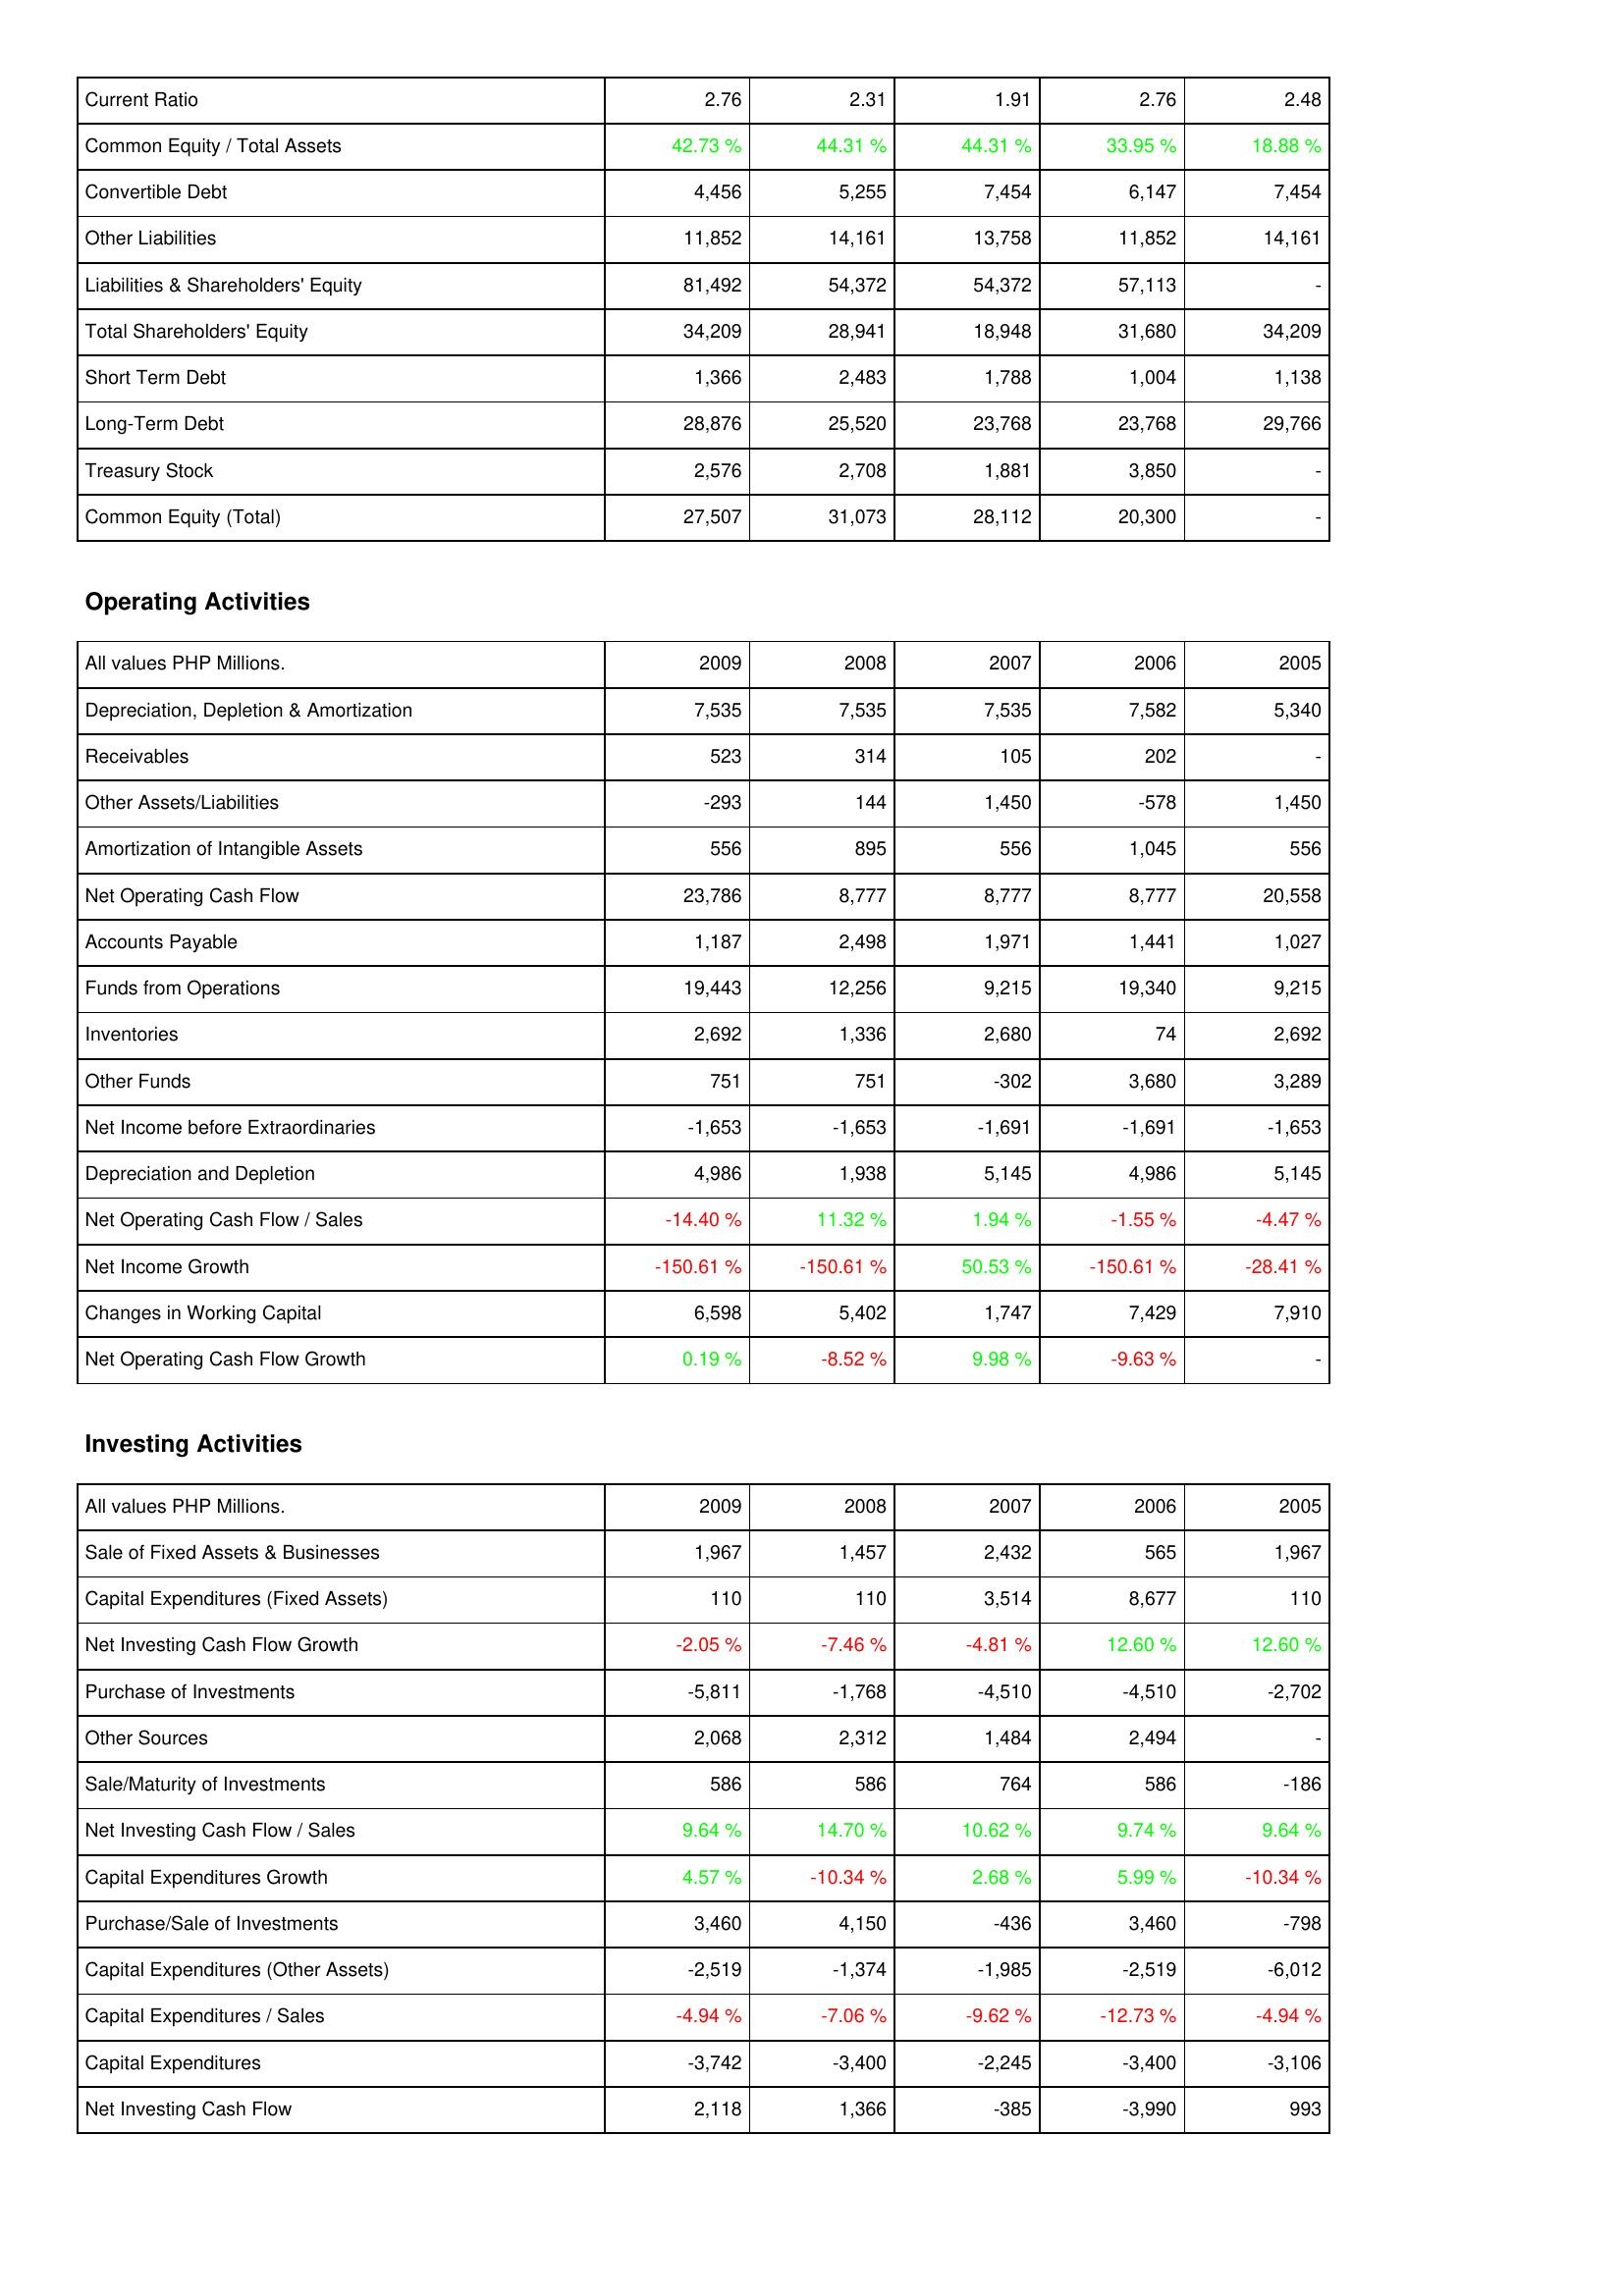
2009: Liabilities & Shareholders' Equity: Current Ratio: 2.76
Common Equity / Total Assets: 42.73 %
Convertible Debt: 4,456
Other Liabilities: 11,852
Liabilities & Shareholders' Equity: 81,492
Total Shareholders' Equity: 34,209
Short Term Debt: 1,366
Long-Term Debt: 28,876
Treasury Stock: 2,576
Common Equity (Total): 27,507
Operating Activities: Depreciation, Depletion & Amortization: 7,535
Receivables: 523
Other Assets/Liabilities: -293
Amortization of Intangible Assets: 556
Net Operating Cash Flow: 23,786
Accounts Payable: 1,187
Funds from Operations: 19,443
Inventories: 2,692
Other Funds: 751
Net Income before Extraordinaries: -1,653
Depreciation and Depletion: 4,986
Net Operating Cash Flow / Sales: -14.40 %
Net Income Growth: -150.61 %
Changes in Working Capital: 6,598
Net Operating Cash Flow Growth: 0.19 %
Investing Activities: Sale of Fixed Assets & Businesses: 1,967
Capital Expenditures (Fixed Assets): 110
Net Investing Cash Flow Growth: -2.05 %
Purchase of Investments: -5,811
Other Sources: 2,068
Sale/Maturity of Investments: 586
Net Investing Cash Flow / Sales: 9.64 %
Capital Expenditures Growth: 4.57 %
Purchase/Sale of Investments: 3,460
Capital Expenditures (Other Assets): -2,519
Capital Expenditures / Sales: -4.94 %
Capital Expenditures: -3,742
Net Investing Cash Flow: 2,118
2008: Liabilities & Shareholders' Equity: Current Ratio: 2.31
Common Equity / Total Assets: 44.31 %
Convertible Debt: 5,255
Other Liabilities: 14,161
Liabilities & Shareholders' Equity: 54,372
Total Shareholders' Equity: 28,941
Short Term Debt: 2,483
Long-Term Debt: 25,520
Treasury Stock: 2,708
Common Equity (Total): 31,073
Operating Activities: Depreciation, Depletion & Amortization: 7,535
Receivables: 314
Other Assets/Liabilities: 144
Amortization of Intangible Assets: 895
Net Operating Cash Flow: 8,777
Accounts Payable: 2,498
Funds from Operations: 12,256
Inventories: 1,336
Other Funds: 751
Net Income before Extraordinaries: -1,653
Depreciation and Depletion: 1,938
Net Operating Cash Flow / Sales: 11.32 %
Net Income Growth: -150.61 %
Changes in Working Capital: 5,402
Net Operating Cash Flow Growth: -8.52 %
Investing Activities: Sale of Fixed Assets & Businesses: 1,457
Capital Expenditures (Fixed Assets): 110
Net Investing Cash Flow Growth: -7.46 %
Purchase of Investments: -1,768
Other Sources: 2,312
Sale/Maturity of Investments: 586
Net Investing Cash Flow / Sales: 14.70 %
Capital Expenditures Growth: -10.34 %
Purchase/Sale of Investments: 4,150
Capital Expenditures (Other Assets): -1,374
Capital Expenditures / Sales: -7.06 %
Capital Expenditures: -3,400
Net Investing Cash Flow: 1,366
2007: Liabilities & Shareholders' Equity: Current Ratio: 1.91
Common Equity / Total Assets: 44.31 %
Convertible Debt: 7,454
Other Liabilities: 13,758
Liabilities & Shareholders' Equity: 54,372
Total Shareholders' Equity: 18,948
Short Term Debt: 1,788
Long-Term Debt: 23,768
Treasury Stock: 1,881
Common Equity (Total): 28,112
Operating Activities: Depreciation, Depletion & Amortization: 7,535
Receivables: 105
Other Assets/Liabilities: 1,450
Amortization of Intangible Assets: 556
Net Operating Cash Flow: 8,777
Accounts Payable: 1,971
Funds from Operations: 9,215
Inventories: 2,680
Other Funds: -302
Net Income before Extraordinaries: -1,691
Depreciation and Depletion: 5,145
Net Operating Cash Flow / Sales: 1.94 %
Net Income Growth: 50.53 %
Changes in Working Capital: 1,747
Net Operating Cash Flow Growth: 9.98 %
Investing Activities: Sale of Fixed Assets & Businesses: 2,432
Capital Expenditures (Fixed Assets): 3,514
Net Investing Cash Flow Growth: -4.81 %
Purchase of Investments: -4,510
Other Sources: 1,484
Sale/Maturity of Investments: 764
Net Investing Cash Flow / Sales: 10.62 %
Capital Expenditures Growth: 2.68 %
Purchase/Sale of Investments: -436
Capital Expenditures (Other Assets): -1,985
Capital Expenditures / Sales: -9.62 %
Capital Expenditures: -2,245
Net Investing Cash Flow: -385
2006: Liabilities & Shareholders' Equity: Current Ratio: 2.76
Common Equity / Total Assets: 33.95 %
Convertible Debt: 6,147
Other Liabilities: 11,852
Liabilities & Shareholders' Equity: 57,113
Total Shareholders' Equity: 31,680
Short Term Debt: 1,004
Long-Term Debt: 23,768
Treasury Stock: 3,850
Common Equity (Total): 20,300
Operating Activities: Depreciation, Depletion & Amortization: 7,582
Receivables: 202
Other Assets/Liabilities: -578
Amortization of Intangible Assets: 1,045
Net Operating Cash Flow: 8,777
Accounts Payable: 1,441
Funds from Operations: 19,340
Inventories: 74
Other Funds: 3,680
Net Income before Extraordinaries: -1,691
Depreciation and Depletion: 4,986
Net Operating Cash Flow / Sales: -1.55 %
Net Income Growth: -150.61 %
Changes in Working Capital: 7,429
Net Operating Cash Flow Growth: -9.63 %
Investing Activities: Sale of Fixed Assets & Businesses: 565
Capital Expenditures (Fixed Assets): 8,677
Net Investing Cash Flow Growth: 12.60 %
Purchase of Investments: -4,510
Other Sources: 2,494
Sale/Maturity of Investments: 586
Net Investing Cash Flow / Sales: 9.74 %
Capital Expenditures Growth: 5.99 %
Purchase/Sale of Investments: 3,460
Capital Expenditures (Other Assets): -2,519
Capital Expenditures / Sales: -12.73 %
Capital Expenditures: -3,400
Net Investing Cash Flow: -3,990
2005: Liabilities & Shareholders' Equity: Current Ratio: 2.48
Common Equity / Total Assets: 18.88 %
Convertible Debt: 7,454
Other Liabilities: 14,161
Liabilities & Shareholders' Equity: -
Total Shareholders' Equity: 34,209
Short Term Debt: 1,138
Long-Term Debt: 29,766
Treasury Stock: -
Common Equity (Total): -
Operating Activities: Depreciation, Depletion & Amortization: 5,340
Receivables: -
Other Assets/Liabilities: 1,450
Amortization of Intangible Assets: 556
Net Operating Cash Flow: 20,558
Accounts Payable: 1,027
Funds from Operations: 9,215
Inventories: 2,692
Other Funds: 3,289
Net Income before Extraordinaries: -1,653
Depreciation and Depletion: 5,145
Net Operating Cash Flow / Sales: -4.47 %
Net Income Growth: -28.41 %
Changes in Working Capital: 7,910
Net Operating Cash Flow Growth: -
Investing Activities: Sale of Fixed Assets & Businesses: 1,967
Capital Expenditures (Fixed Assets): 110
Net Investing Cash Flow Growth: 12.60 %
Purchase of Investments: -2,702
Other Sources: -
Sale/Maturity of Investments: -186
Net Investing Cash Flow / Sales: 9.64 %
Capital Expenditures Growth: -10.34 %
Purchase/Sale of Investments: -798
Capital Expenditures (Other Assets): -6,012
Capital Expenditures / Sales: -4.94 %
Capital Expenditures: -3,106
Net Investing Cash Flow: 993